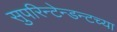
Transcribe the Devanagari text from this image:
सुपरिन्टेन्डन्टच्या